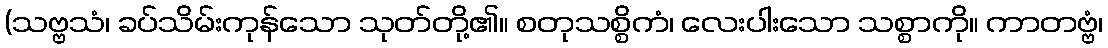
(သဗ္ဗသံ၊ ခပ်သိမ်းကုန်သော သုတ်တို့၏။ စတုသစ္စိကံ၊ လေးပါးသော သစ္စာကို။ ကာတဗ္ဗံ၊